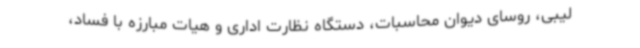
لیبی، روسای دیوان محاسبات، دستگاه نظارت اداری و هیات مبارزه با فساد،